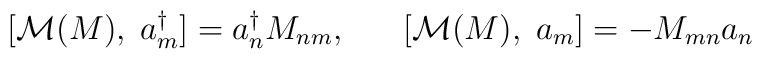
[ {\cal M}  (M) , \; a^{\dagger}_{m} ] = a^{\dagger}_{n} M_{nm}, \; \; \; \; \; \; [ {\cal M} (M) , \; a_{m} ] = - M_{mn} a_{n}